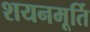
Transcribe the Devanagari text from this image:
शयनमूर्ति